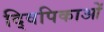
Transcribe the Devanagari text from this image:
द्विपिकाओं